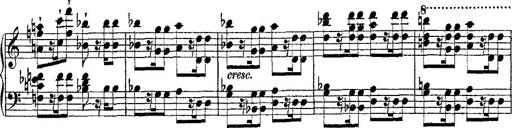
Title: Fantaisie romantique sur deux mÃ©lodies suisses
Composer: Franz Liszt